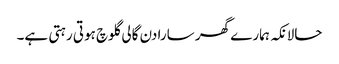
حالانکہ ہمارے گھر سارا دن گالی گلوچ ہوتی رہتی ہے۔